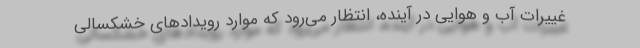
غییرات آب و هوایی در آینده، انتظار می‌رود که موارد رویدادهای خشکسالی